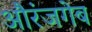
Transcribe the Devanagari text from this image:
औरंजगेब